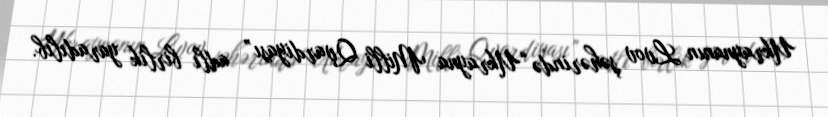
Ukraynanın Lvov şəhərində “Ukrayna Milli Qvardiyası” adlı birlik yaradılıb.